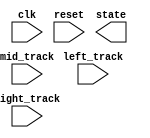
module tracker_sensor(clk, reset, left_track, right_track, mid_track, state);
    input clk;
    input reset;
    input left_track, right_track, mid_track;
    output reg [1:0] state;

    // TODO: Receive three tracks and make your own policy.
    // Hint: You can use output state to change your action.

endmodule